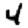
Digit: 4